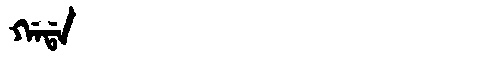
Manchu: ᡤᠠᡩᠠ
Romanization: GADA